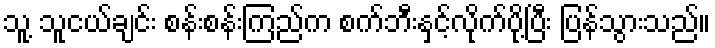
သူ့ သူငယ်ချင်း စန်းစန်းကြည်က စက်ဘီးနှင့်လိုက်ပို့ပြီး ပြန်သွားသည်။